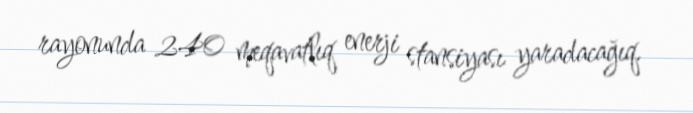
rayonunda 240 meqavatlıq enerji stansiyası yaradacağıq.